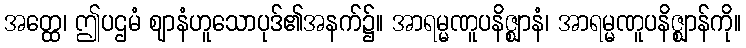
အတ္ထေ၊ ဤပဌမံ ဈာနံဟူသောပုဒ်၏အနက်၌။ အာရမ္မဏူပနိဇ္ဈာနံ၊ အာရမ္မဏူပနိဇ္ဈာန်ကို။